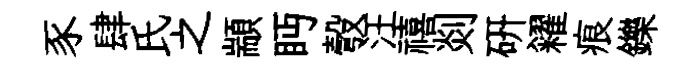
豕肆氏之顓眄彀汪禧剡研糴痕鑠